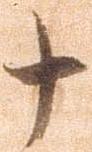
十